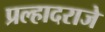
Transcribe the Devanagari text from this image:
प्रल्हादराजे